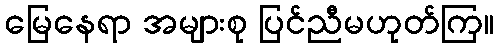
မြေနေရာ အများစု ပြင်ညီမဟုတ်ကြ။